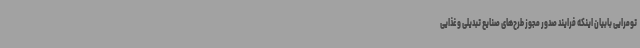
تومرایی بابیان اینکه فرایند صدور مجوز طرح‌های صنایع تبدیلی و غذایی